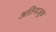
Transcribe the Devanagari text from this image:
अतिनाजूक